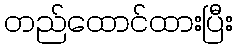
တည်ထောင်ထားပြီး